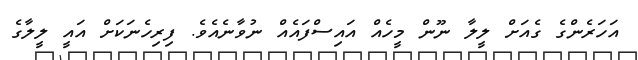
އަހަރެންގެ ގެއަށް ލީލާ ނޫން މީހެއް އައިސްފައެއް ނުވާނެއެވެ. ފިރިހެނަކަށް އައީ ލީލާގެ